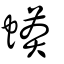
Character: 蠎